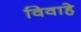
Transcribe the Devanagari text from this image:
विवाहे